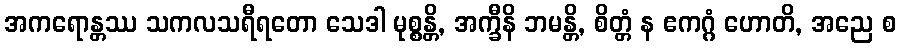
အကရောန္တဿ သကလသရီရတော သေဒါ မုစ္စန္တိ, အက္ခီနိ ဘမန္တိ, စိတ္တံ န ဧကဂ္ဂံ ဟောတိ, အညေ စ